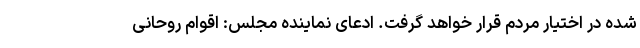
شده در اختیار مردم قرار خواهد گرفت. ادعای نماینده مجلس: اقوام روحانی